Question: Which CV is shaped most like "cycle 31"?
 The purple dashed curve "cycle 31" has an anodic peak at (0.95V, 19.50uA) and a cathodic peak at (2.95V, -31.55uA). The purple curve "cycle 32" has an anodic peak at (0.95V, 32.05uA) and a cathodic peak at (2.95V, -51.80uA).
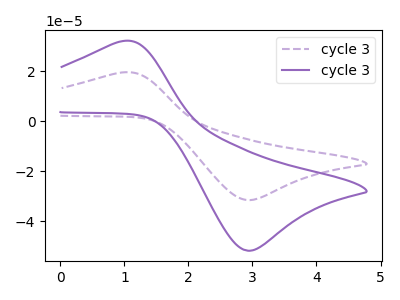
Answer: <think>All the peaks in "cycle 31" have a peak in "cycle 32" at the same potential. Every peak in "cycle 31" is lower than every peak in "cycle 32".
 </think>
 <answer>The CV with the most similar shape to "cycle 32" is "cycle 31".</answer>
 <eval>"cycle 31"</eval>